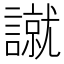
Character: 𧫾